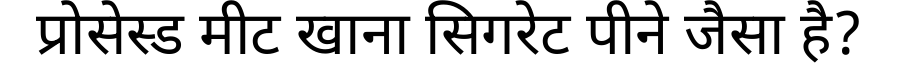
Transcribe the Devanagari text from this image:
प्रोसेस्ड मीट खाना सिगरेट पीने जैसा है?